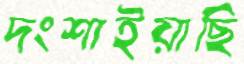
দংশাইয়াছি